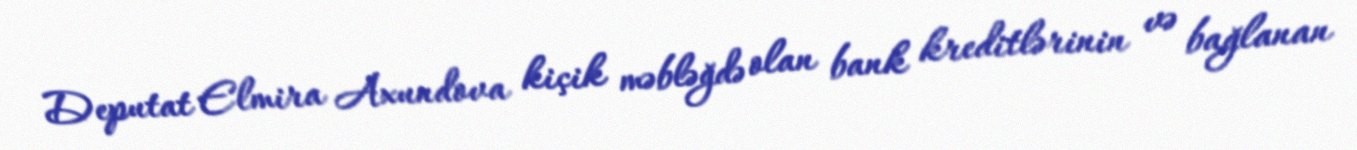
Deputat Elmira Axundova kiçik məbləğdə olan bank kreditlərinin və bağlanan